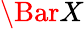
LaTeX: \Bar{X}